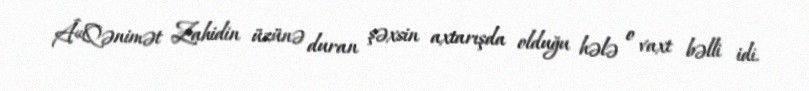
Â«Qənimət Zahidin üzünə duran şəxsin axtarışda olduğu hələ o vaxt bəlli idi.